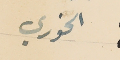
الخوري